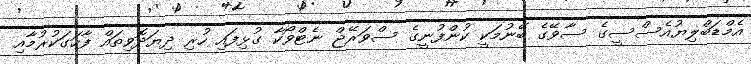
އެމްޑަބްލިޔުއެސްސީގެ ސާވޭގެ ބޭނުމަކީ ކުންފުނީގެ ސްވަރޭޖް ނެޓްވޯކާ ގުޅިފައި ހުރި ދިޔަދޮވިތައް ފާހަގަކުރުމާއި